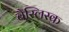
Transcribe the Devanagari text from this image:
बैस्लिस्क